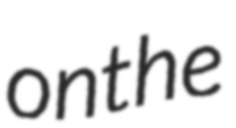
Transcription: on the